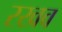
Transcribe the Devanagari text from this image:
रखव